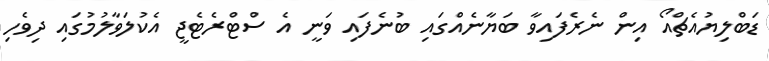
ޑަބްލިޔުއެޗްއޯ އިން ނެރެފައިވާ ބަޔާނެއްގައި ބުނެފައި ވަނީ އެ ސްޓްރެޓެޖީ އެކުލަވާލުމުގައި ދިވެހި